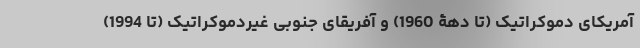
آمریکای دموکراتیک (تا دهۀ 1960) و آفریقای جنوبی غیردموکراتیک (تا 1994)